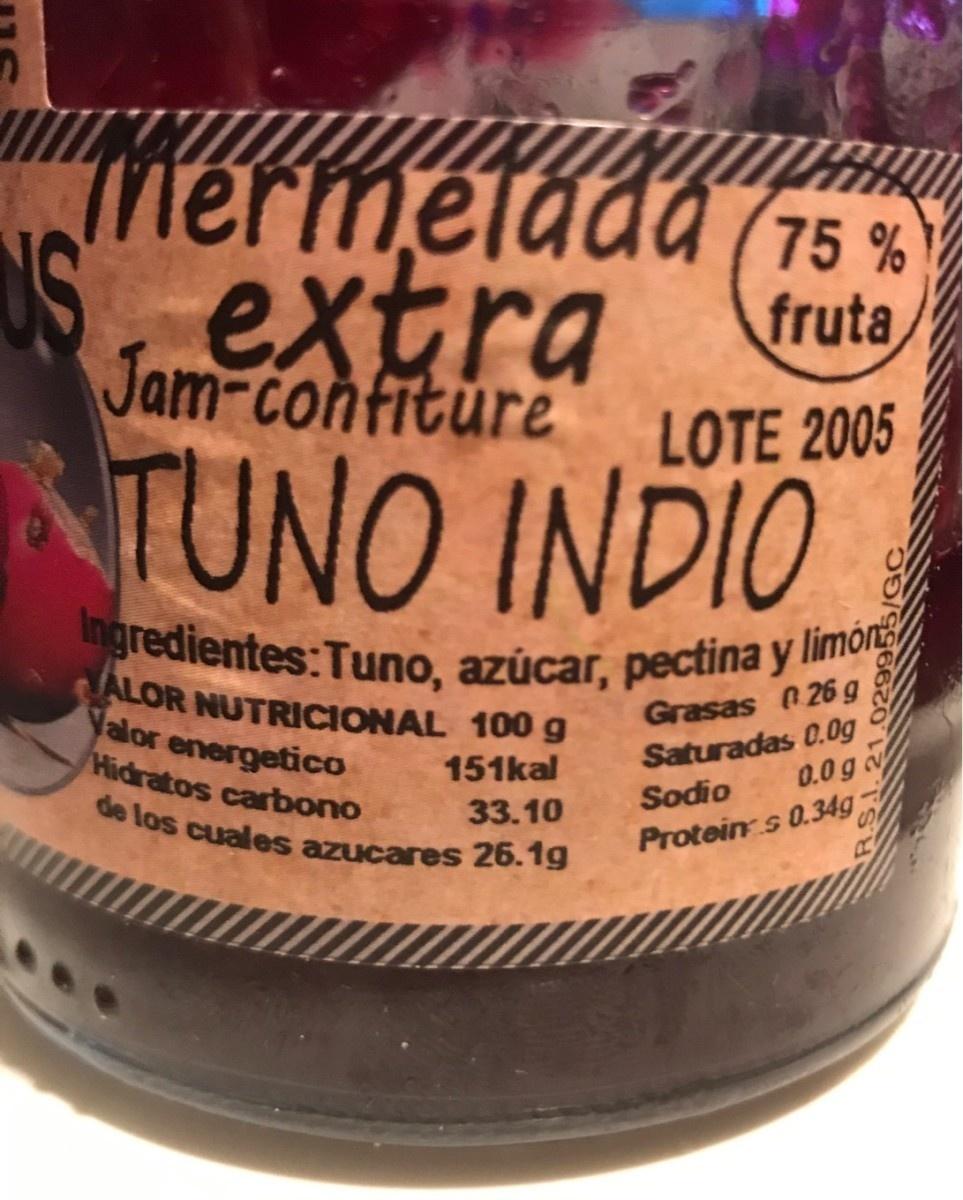
mermetada775 % S. extra Jam-confiture fruta LOTE 2005 TUNO INDIO Ingredientes:Tuno, azúcar, pectina y limór ALOR NUTRICIONAL 100 g Yalor energetico Hidratos carbono Grasas 26 g Saturadas 0.0g 0.0 g 151kal Sodio de los cuales azucares 26.1g 33.10 Protein s 0.34g